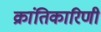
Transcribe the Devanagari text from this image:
क्रांतिकारिणी